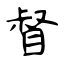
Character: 督